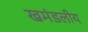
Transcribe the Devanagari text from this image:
खमंडलीय